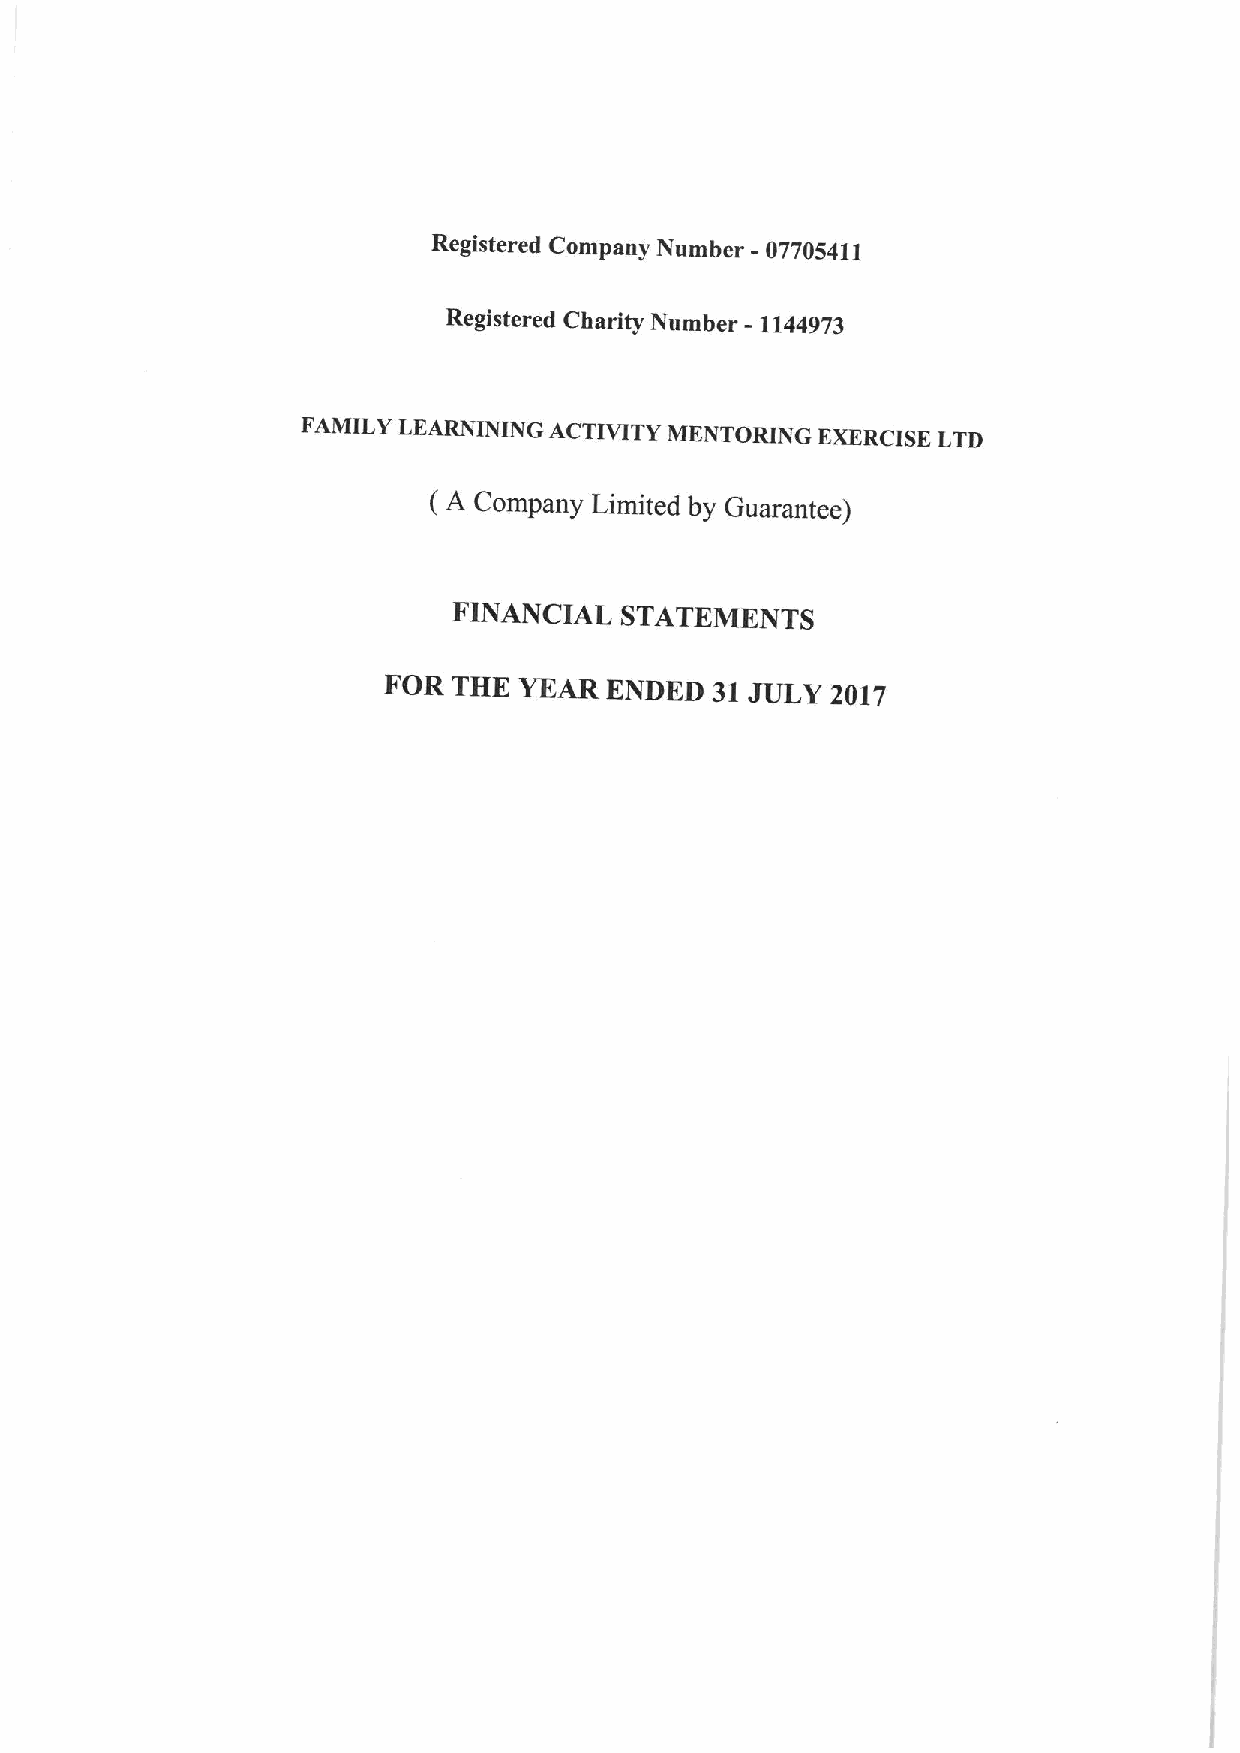
Registered Company Number - 07705411
 Registered Charity Number - 1144973
 FAMILY LEARNINING ACTIVITY MENTORING EXERCISELTD
 (A Company Limited by Guarantee)
 FINANCIAL  STATEMENTS
 FOR  THE YEAR  ENDED  31JULY  2017